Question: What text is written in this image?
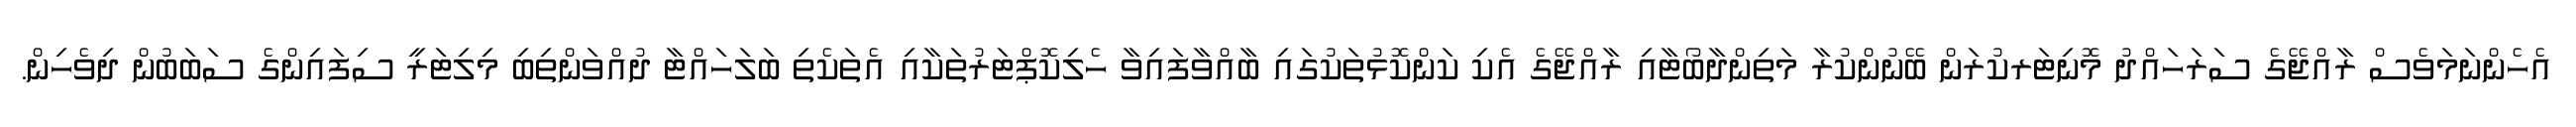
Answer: އެހެންނަމަވެސް ރާއްޖޭގެ ސަރަހައްދު މޮނިޓަރކުރަން ބޭނުންކުރާ މަތިންދާބޯޓާއި ރާއްޖޭގެ އެކި ކަންކޮޅުތަކުގައި ބާއްވާފައިވާ ހެލިކޮޕްޓަރުތަކާއި އެތަކެތި ބަލަހައްޓާ ދުއްވަންތިބި މިލިޓަރީ ސިފައިންގެ ސަބަބުން ދިވެހިން.